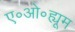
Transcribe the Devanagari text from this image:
ए॰ओ॰ह्यूम